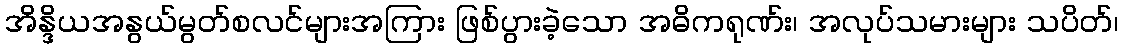
အိန္ဒိယအနွယ်မွတ်စလင်များအကြား ဖြစ်ပွားခဲ့သော အဓိကရုဏ်း၊ အလုပ်သမားများ သပိတ်၊